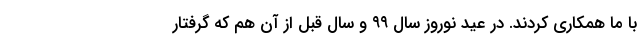
با ما همکاری کردند. در عید نوروز سال ۹۹ و سال قبل از آن هم که گرفتار